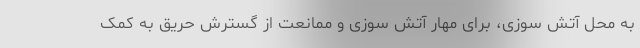
به محل آتش سوزی، برای مهار آتش سوزی و ممانعت از گسترش حریق به کمک